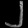
Digit: ၂